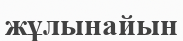
жұлынайын